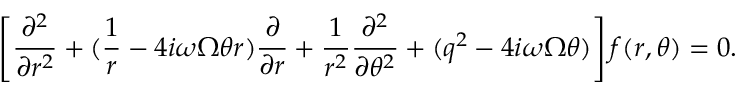
\left[ \frac { \partial ^ { 2 } } { \partial r ^ { 2 } } + ( \frac { 1 } { r } - 4 i \omega \Omega \theta r ) \frac { \partial } { \partial r } + \frac { 1 } { r ^ { 2 } } \frac { \partial ^ { 2 } } { \partial \theta ^ { 2 } } + ( q ^ { 2 } - 4 i \omega \Omega \theta ) \right] f ( r , \theta ) = 0 .